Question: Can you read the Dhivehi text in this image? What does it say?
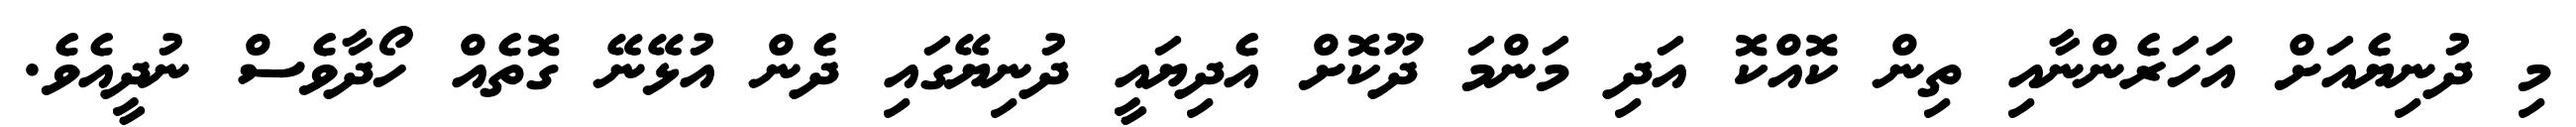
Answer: މި ދުނިޔެއަށް އަހަރެންނާއި ތިން ކޮއްކޮ އަދި މަންމަ ދޫކޮށް އެދިޔައީ ދުނިޔޭގައި ދެން އުޅޭނޭ ގޮތެއް ހޯދާވެސް ނުދީއެވެ.